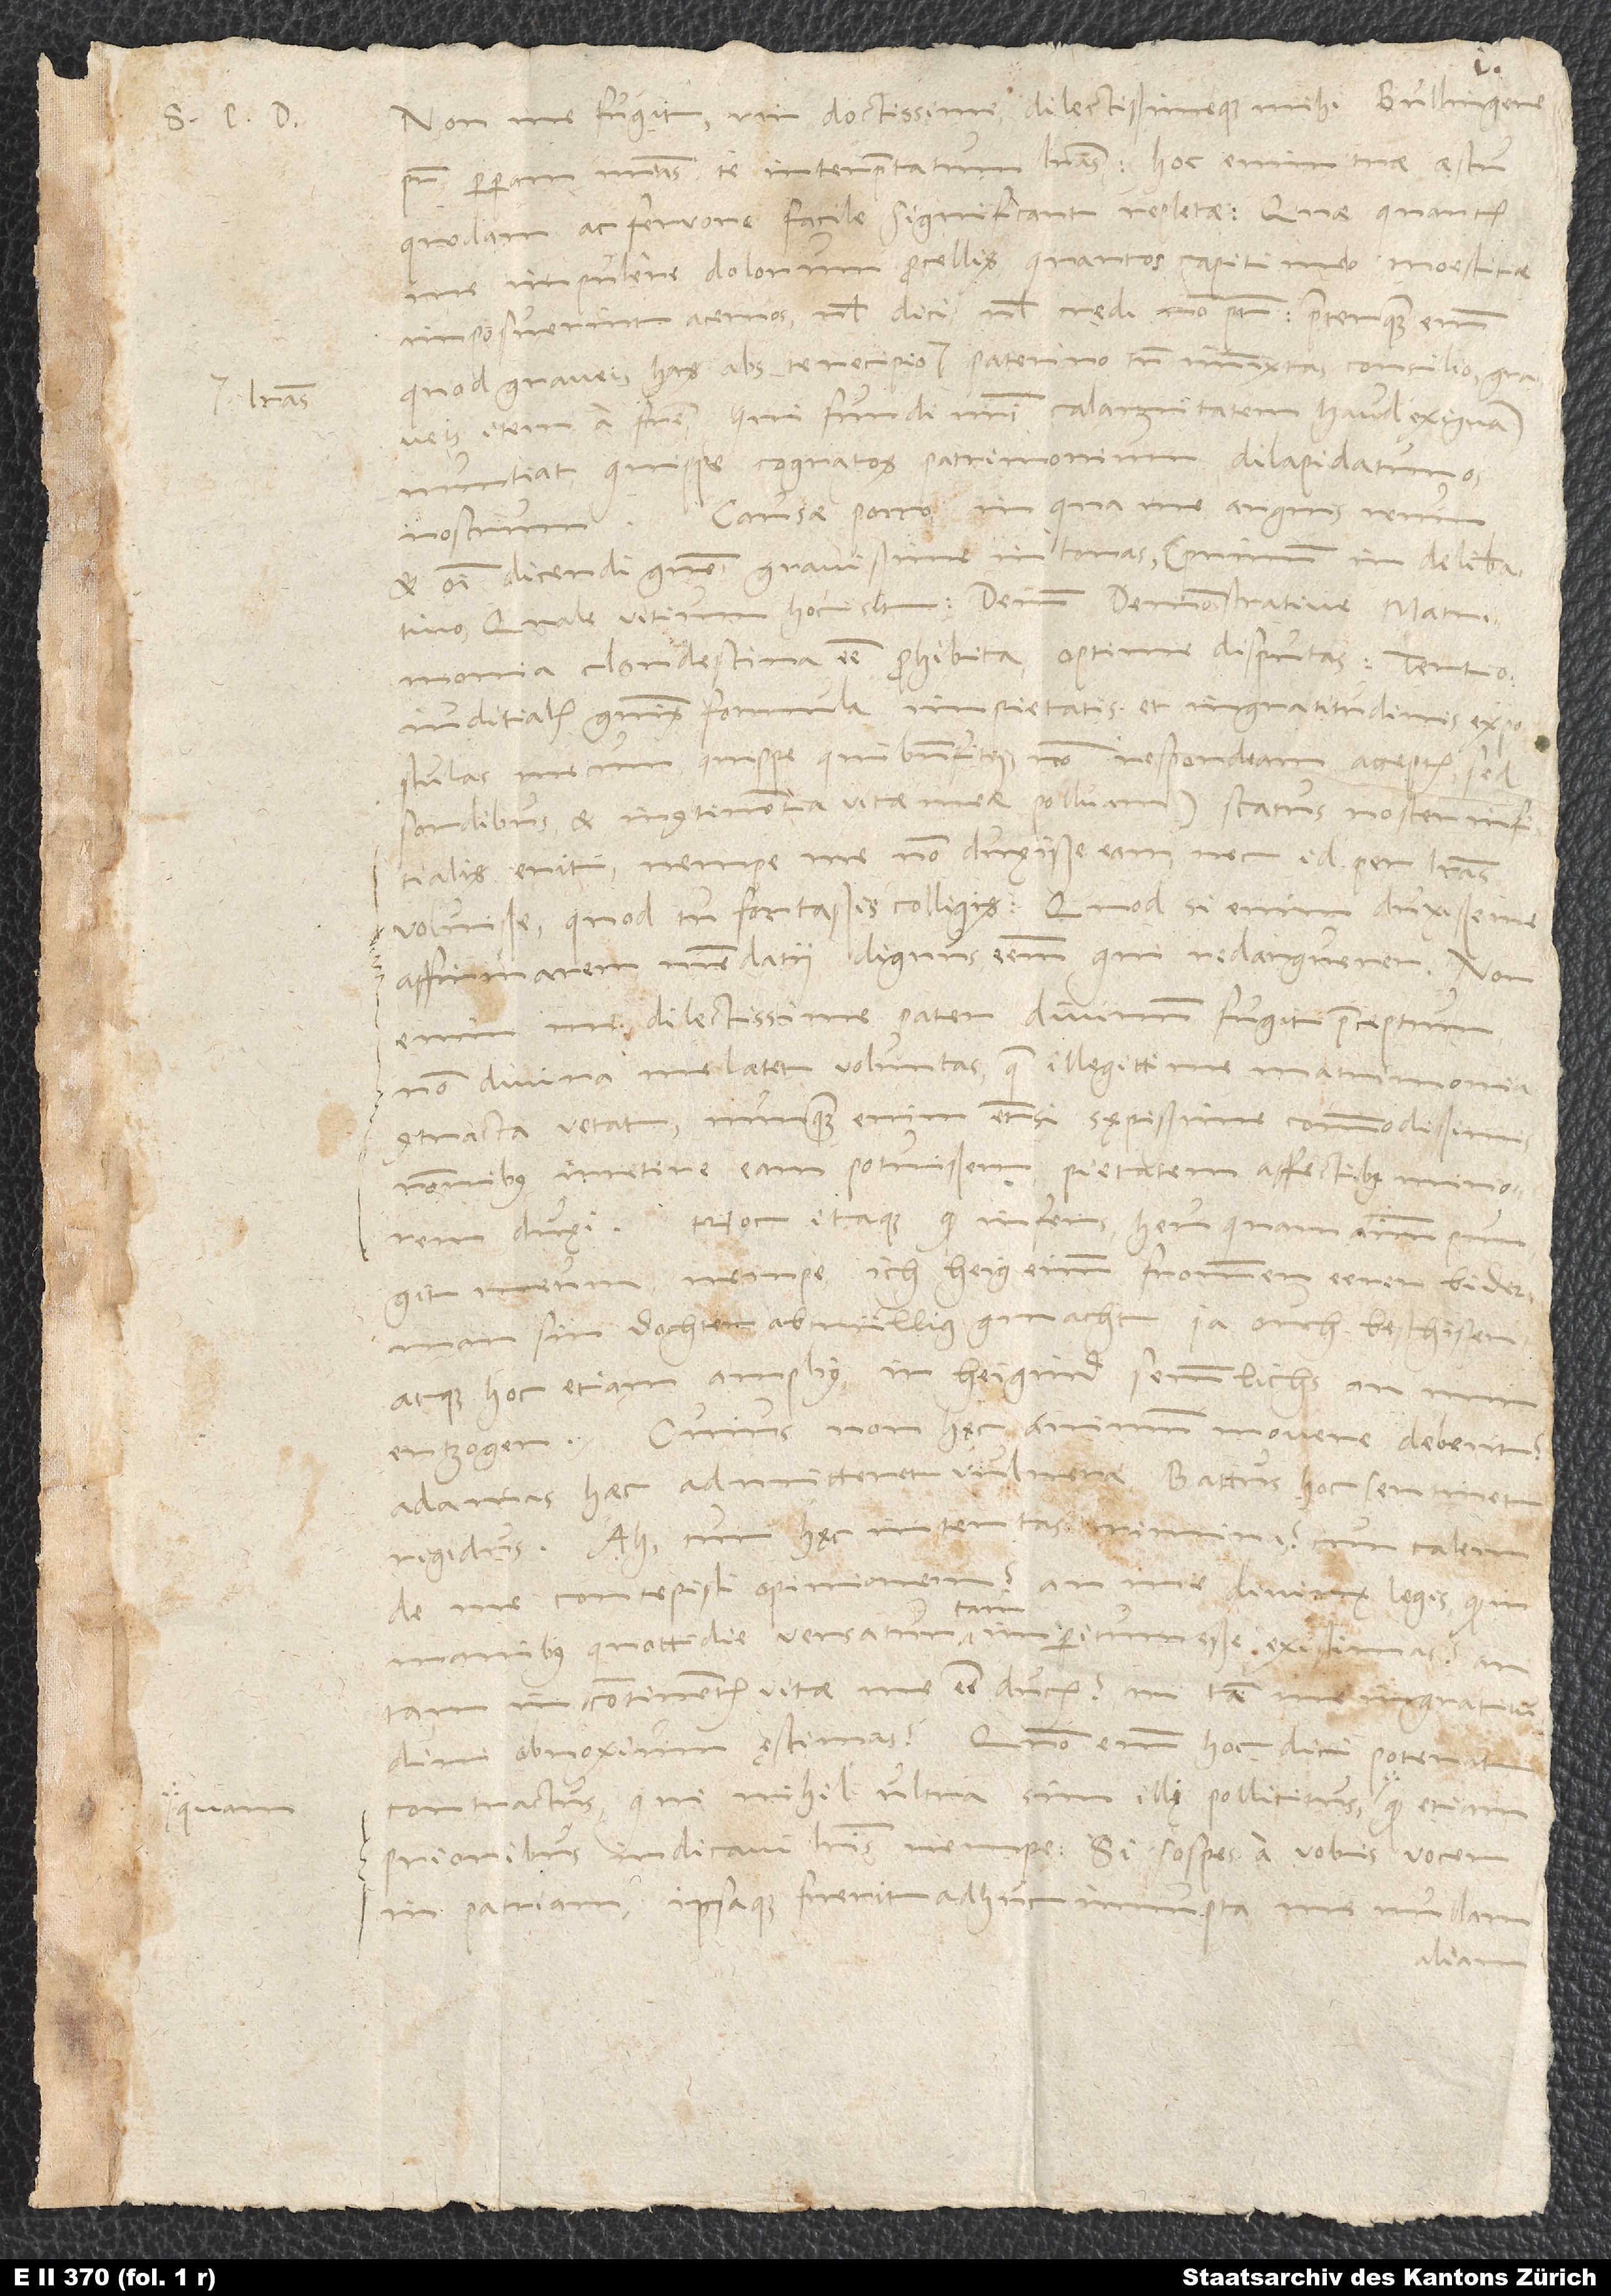
literas

pater, perperam meas te interpretatum literas; hoc enim tuae aestu
quodam ac fervore facile significant repletae. Quae quantum
me impulere dolorum procellis, quantos capiti meo moestitiae
imposuerint acervos, vel dici vel credi non potest. Praeterquam enim
quod graveis has abs te recipio literas paterno tamen immixtas consilio, graveis
item a fratre, qui fundi nostri calamitatem haud exiguam
nuntiat, quippe cognatos patrimonium dilapidaturos
nostrum. Causae porro, in qua me arguis reum
et omni dicendi genere gravissime intonas (primum in deliberativo,
quale vitium hoc sit, deinde demonstrative matrimonia
clandestina esse prohibita optime disputas; tertio
iuditialis generis formula impietatis et ingratitudinis expostulas
mecum, quippe qui benefitiis non respondeam acceptis, sed
sordibus et incontinentia vitae meae polluam) status noster infitialis
erit, nempe me non duxisse eam nec id per literas
voluisse, quod tu fortassis colligis. Quod si enim duxisse me
affirmarem, mendatii dignus essem, qui redarguerer. Non
enim me, dilectissime pater, divinum fugit praeceptum,
divina me latet voluntas, quae illegittime matrimonia
contracta vetat. Nunquam enim, etiamsi sępissime commodissimis
rationibus irretire eam potuissem, pietatem affectibus minorem
, nempe ich heig eimm frommen eeren biderman
sin dochter abtrüllig gmacht, ja ouch beschißen,
ertzogen. Cuius non hęc animum movere debent?
Adamas haec admitteret vulnera; Battus hoc sentiret
rigidus. Ah, cur hęc intentas crimina? Cur talem
de me concepisti opinionem? An me divinę legis, quod in
manibus quottidie versatur, tam imperitum esse existimas? An
incontinentis vitae me esse ducis? An tam me ingratitudini
obnoxium ęstimas? Quomodo enim hoc dici poterat
contractus, qui nihil ultra sim illi pollicitus, quam quod etiam
prioribus indicavi literis, nempe, si sospes a vobis vocer
in patriam ipsaque fuerit adhuc
nullam
aliam